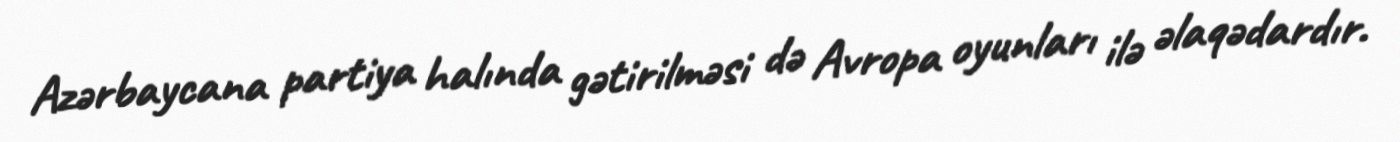
Azərbaycana partiya halında gətirilməsi də Avropa oyunları ilə əlaqədardır.